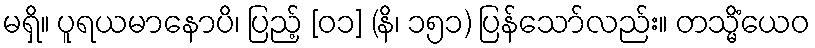
မရှိ။ ပူရယမာနောပိ၊ ပြည့် [၀၁] (နိ၊ ၁၅၁) ပြန်သော်လည်း။ တသ္မိံယေဝ